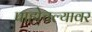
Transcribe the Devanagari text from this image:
पाहोचल्यावर